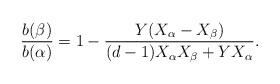
LaTeX: \begin{align*}\frac{b(\beta)}{b(\alpha)}=1-\frac{Y(X_\alpha-X_\beta)} {(d-1)X_\alpha X_\beta+Y X_\alpha}.\end{align*}